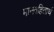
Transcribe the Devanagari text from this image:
मानवहितार्थ